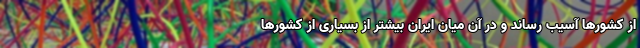
از کشورها آسیب رساند و در آن میان ایران بیشتر از بسیاری از کشورها